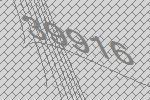
39916